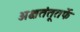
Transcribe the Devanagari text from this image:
अक्षतंतूतर्फे